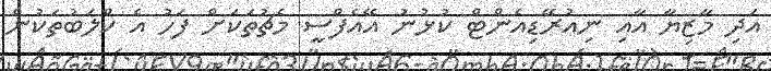
އަދި މާޒިޔާ އާއި ނިއުރޭޑިއެންޓް ކުޅުނު އޭއެފްސީ މެޗުތަކަށް ފަހު އެ ކްލަބުތަކުން